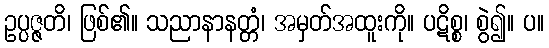
ဥပ္ပဇ္ဇတိ၊ ဖြစ်၏။ သညာနာနတ္တံ၊ အမှတ်အထူးကို။ ပဋိစ္စ၊ စွဲ၍။ ပ။